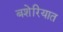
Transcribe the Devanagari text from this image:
बशेरियात